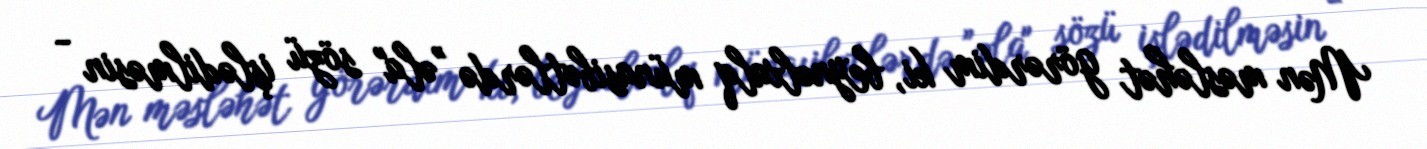
Mən məsləhət görərdim ki, beynəlxalq münasibətlərdə ”əla" sözü işlədilməsin -